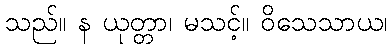
သည်။ န ယုတ္တာ၊ မသင့်။ ဝိသေသာယ၊